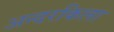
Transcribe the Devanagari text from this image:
अन्दरकिला